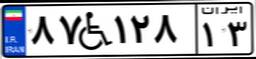
۸۷W۱۲۸۱۳